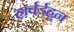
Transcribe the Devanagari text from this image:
हार्वर्डहून